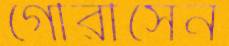
গৌরীসেন